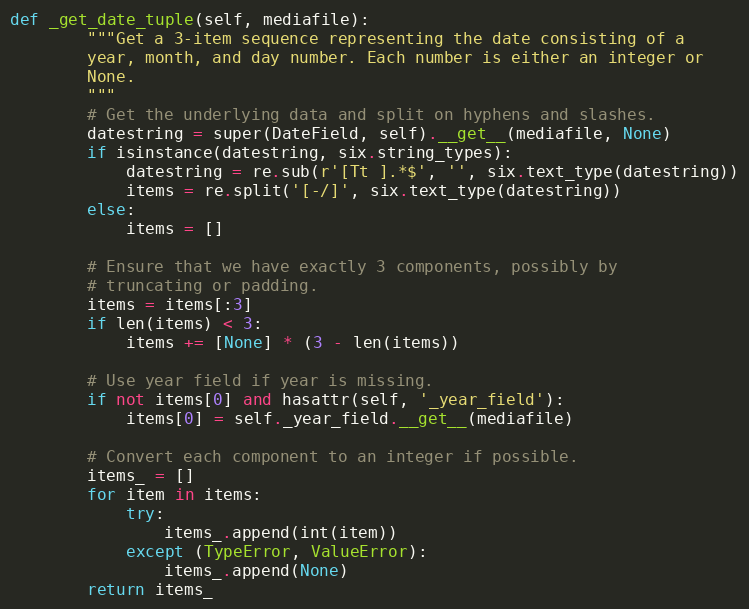
Language: Python
def _get_date_tuple(self, mediafile):
        """Get a 3-item sequence representing the date consisting of a
        year, month, and day number. Each number is either an integer or
        None.
        """
        # Get the underlying data and split on hyphens and slashes.
        datestring = super(DateField, self).__get__(mediafile, None)
        if isinstance(datestring, six.string_types):
            datestring = re.sub(r'[Tt ].*$', '', six.text_type(datestring))
            items = re.split('[-/]', six.text_type(datestring))
        else:
            items = []

        # Ensure that we have exactly 3 components, possibly by
        # truncating or padding.
        items = items[:3]
        if len(items) < 3:
            items += [None] * (3 - len(items))

        # Use year field if year is missing.
        if not items[0] and hasattr(self, '_year_field'):
            items[0] = self._year_field.__get__(mediafile)

        # Convert each component to an integer if possible.
        items_ = []
        for item in items:
            try:
                items_.append(int(item))
            except (TypeError, ValueError):
                items_.append(None)
        return items_